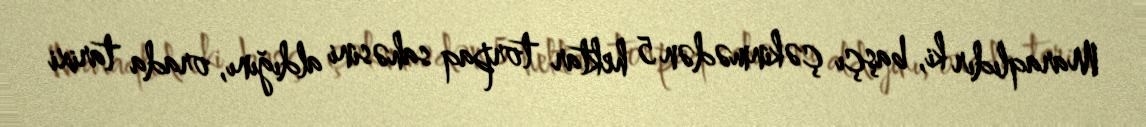
Maraqlıdır ki, başçı çəkinmədən 5 hektar torpaq sahəsini aldığını, orada tarixi